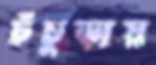
চঁচুড়ায়